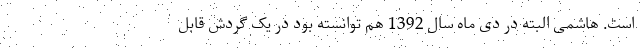
است. هاشمی البته در دی ماه سال 1392 هم توانسته بود در یک گردش قابل